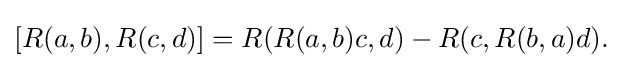
\displaystyle {[R(a,b),R(c,d)]=R(R(a,b)c,d)-R(c,R(b,a)d).}